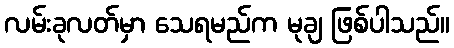
လမ်းခုလတ်မှာ သေရမည်က မုချ ဖြစ်ပါသည်။